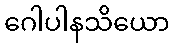
ဂေါပါနသိယော